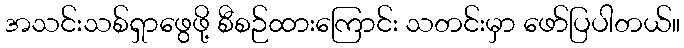
အသင်းသစ်ရှာဖွေဖို့ စီစဉ်ထားကြောင်း သတင်းမှာ ဖော်ပြပါတယ်။